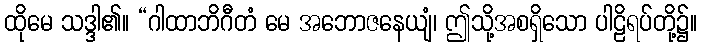
ထိုမေ သဒ္ဒါ၏။ “ဂါထာဘိဂီတံ မေ အဘောဇနေယျံ၊ ဤသို့အစရှိသော ပါဠိရပ်တို့၌။